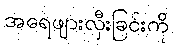
အရေဖျားလှီးခြင်းကို